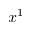
x ^ { 1 }